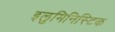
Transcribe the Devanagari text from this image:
इलुमिनिस्टिक